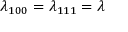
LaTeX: \lambda _ { 1 0 0 } = \lambda _ { 1 1 1 } = \lambda